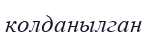
колданылган